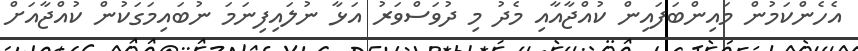
އެހެންކަމުން މައިންބަފައިން ކުއްޖާއާއި މެދު މި ދުވަސްވަރު އަޅާ ނުލައިފިނަމަ ނުބައިމަގަކުން ކުއްޖާއަށް